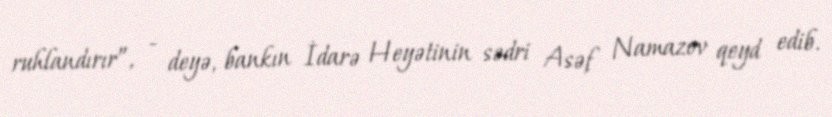
ruhlandırır”, - deyə, bankın İdarə Heyətinin sədri Asəf Namazov qeyd edib.